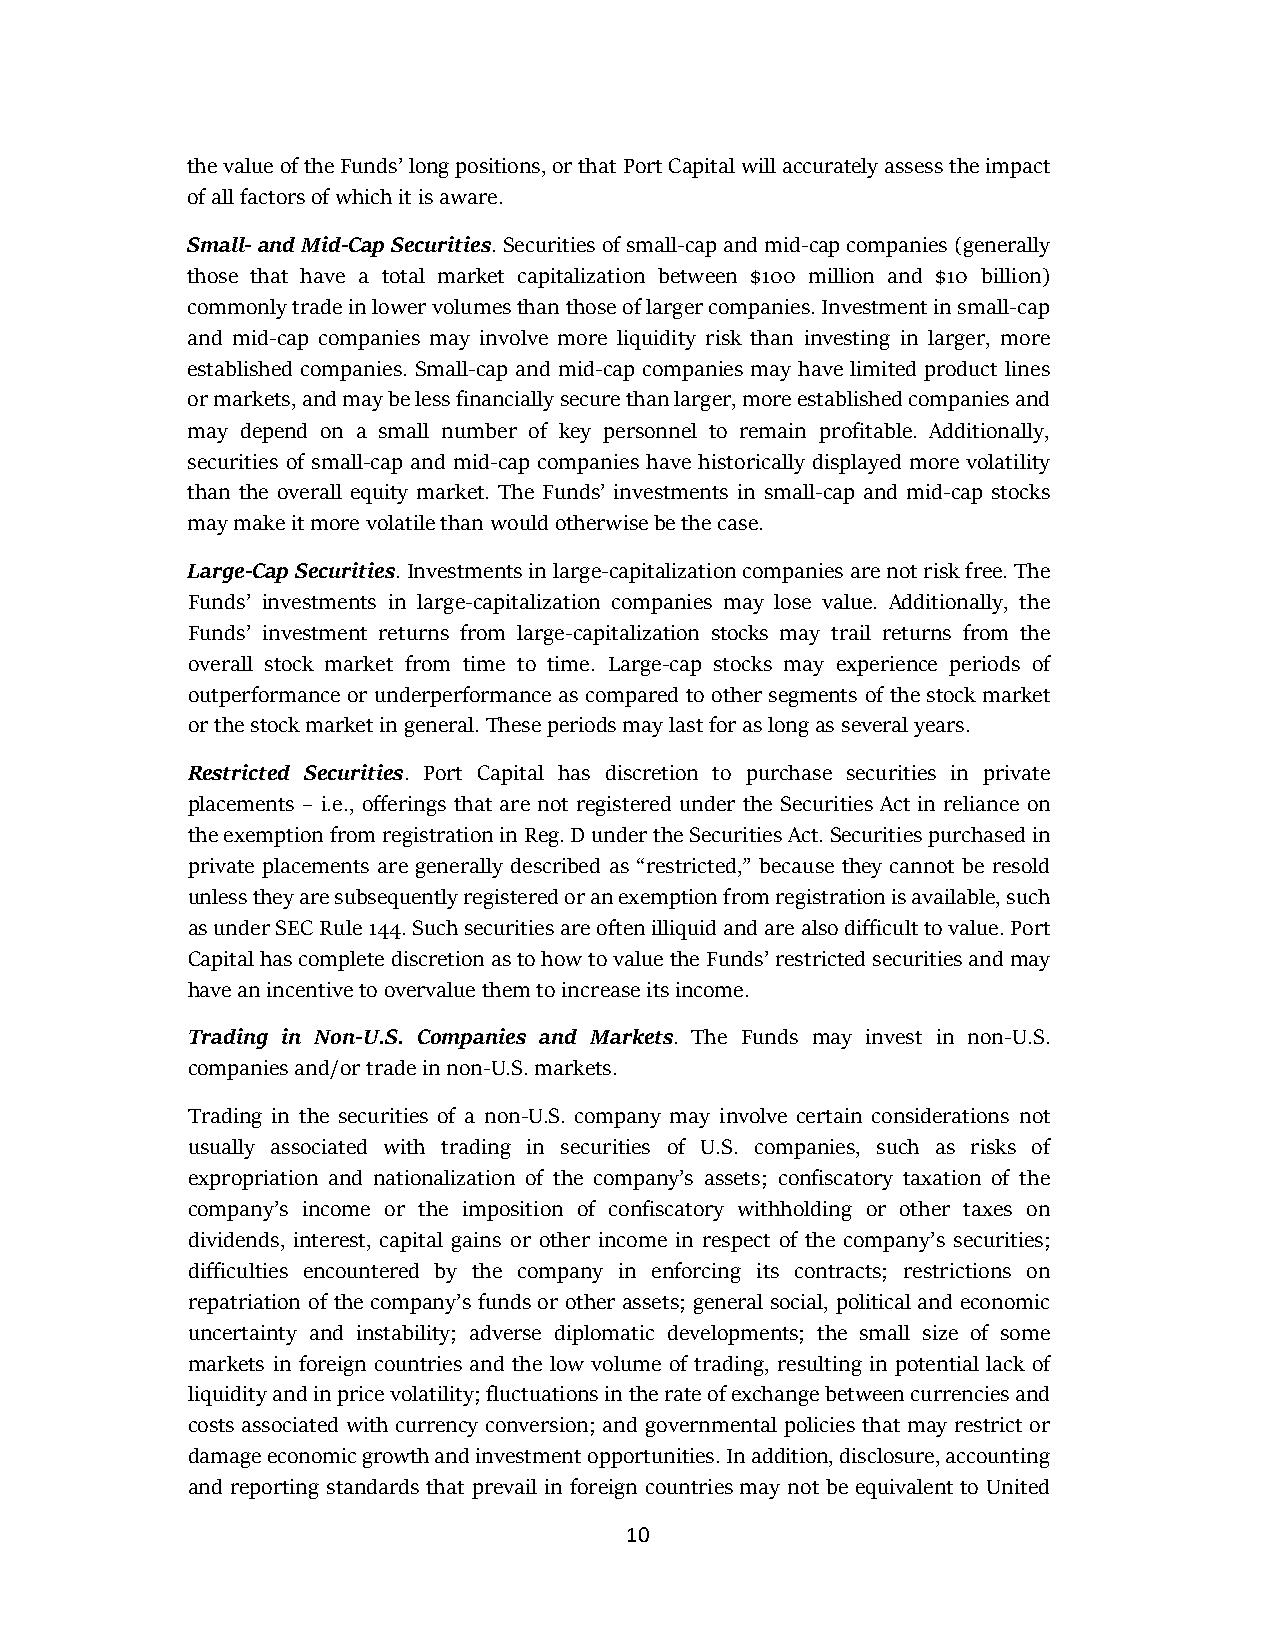
the value of the Funds’ long positions, or that Port Capital will accurately assess the impact
 of all factors of which it is aware.
 Small- and Mid-Cap Securities. Securities of small-cap and mid-cap companies (generally
 those that have a total market capitalization between $100 million and $10 billion)
 commonly trade in lower volumes than those of larger companies. Investment in small-cap
 and mid-cap companies may involve more liquidity risk than investing in larger, more
 established companies. Small-cap and mid-cap companies may have limited product lines
 or markets, and may be less financially secure than larger, more established companies and
 may depend on a small number of key personnel to remain profitable. Additionally,
 securities of small-cap and mid-cap companies have historically displayed more volatility
 than the overall equity market. The Funds’ investments in small-cap and mid-cap stocks
 may make it more volatile than would otherwise be the case.
 Large-Cap Securities. Investments in large-capitalization companies are not risk free. The
 Funds’ investments in large-capitalization companies may lose value. Additionally, the
 Funds’ investment returns from large-capitalization stocks may trail returns from the
 overall stock market from time to time. Large-cap stocks may experience periods of
 outperformance or underperformance as compared to other segments of the stock market
 or the stock market in general. These periods may last for as long as several years.
 Restricted Securities. Port Capital has discretion to purchase securities in private
 placements – i.e., offerings that are not registered under the Securities Act in reliance on
 the exemption from registration in Reg. D under the Securities Act. Securities purchased in
 private placements are generally described as “restricted,” because they cannot be resold
 unless they are subsequently registered or an exemption from registration is available, such
 as under SEC Rule 144. Such securities are often illiquid and are also difficult to value. Port
 Capital has complete discretion as to how to value the Funds’ restricted securities and may
 have an incentive to overvalue them to increase its income.
 Trading in Non-U.S. Companies and Markets. The Funds may invest in non-U.S.
 companies and/or trade in non-U.S. markets.
 Trading in the securities of a non-U.S. company may involve certain considerations not
 usually associated with trading in securities of U.S. companies, such as risks of
 expropriation and nationalization of the company’s assets; confiscatory taxation of the
 company’s income or the imposition of confiscatory withholding or other taxes on
 dividends, interest, capital gains or other income in respect of the company’s securities;
 difficulties encountered by the company in enforcing its contracts; restrictions on
 repatriation of the company’s funds or other assets; general social, political and economic
 uncertainty and instability; adverse diplomatic developments; the small size of some
 markets in foreign countries and the low volume of trading, resulting in potential lack of
 liquidity and in price volatility; fluctuations in the rate of exchange between currencies and
 costs associated with currency conversion; and governmental policies that may restrict or
 damage economic growth and investment opportunities. In addition, disclosure, accounting
 and reporting standards that prevail in foreign countries may not be equivalent to United
 10